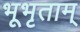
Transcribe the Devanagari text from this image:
भूभृताम्